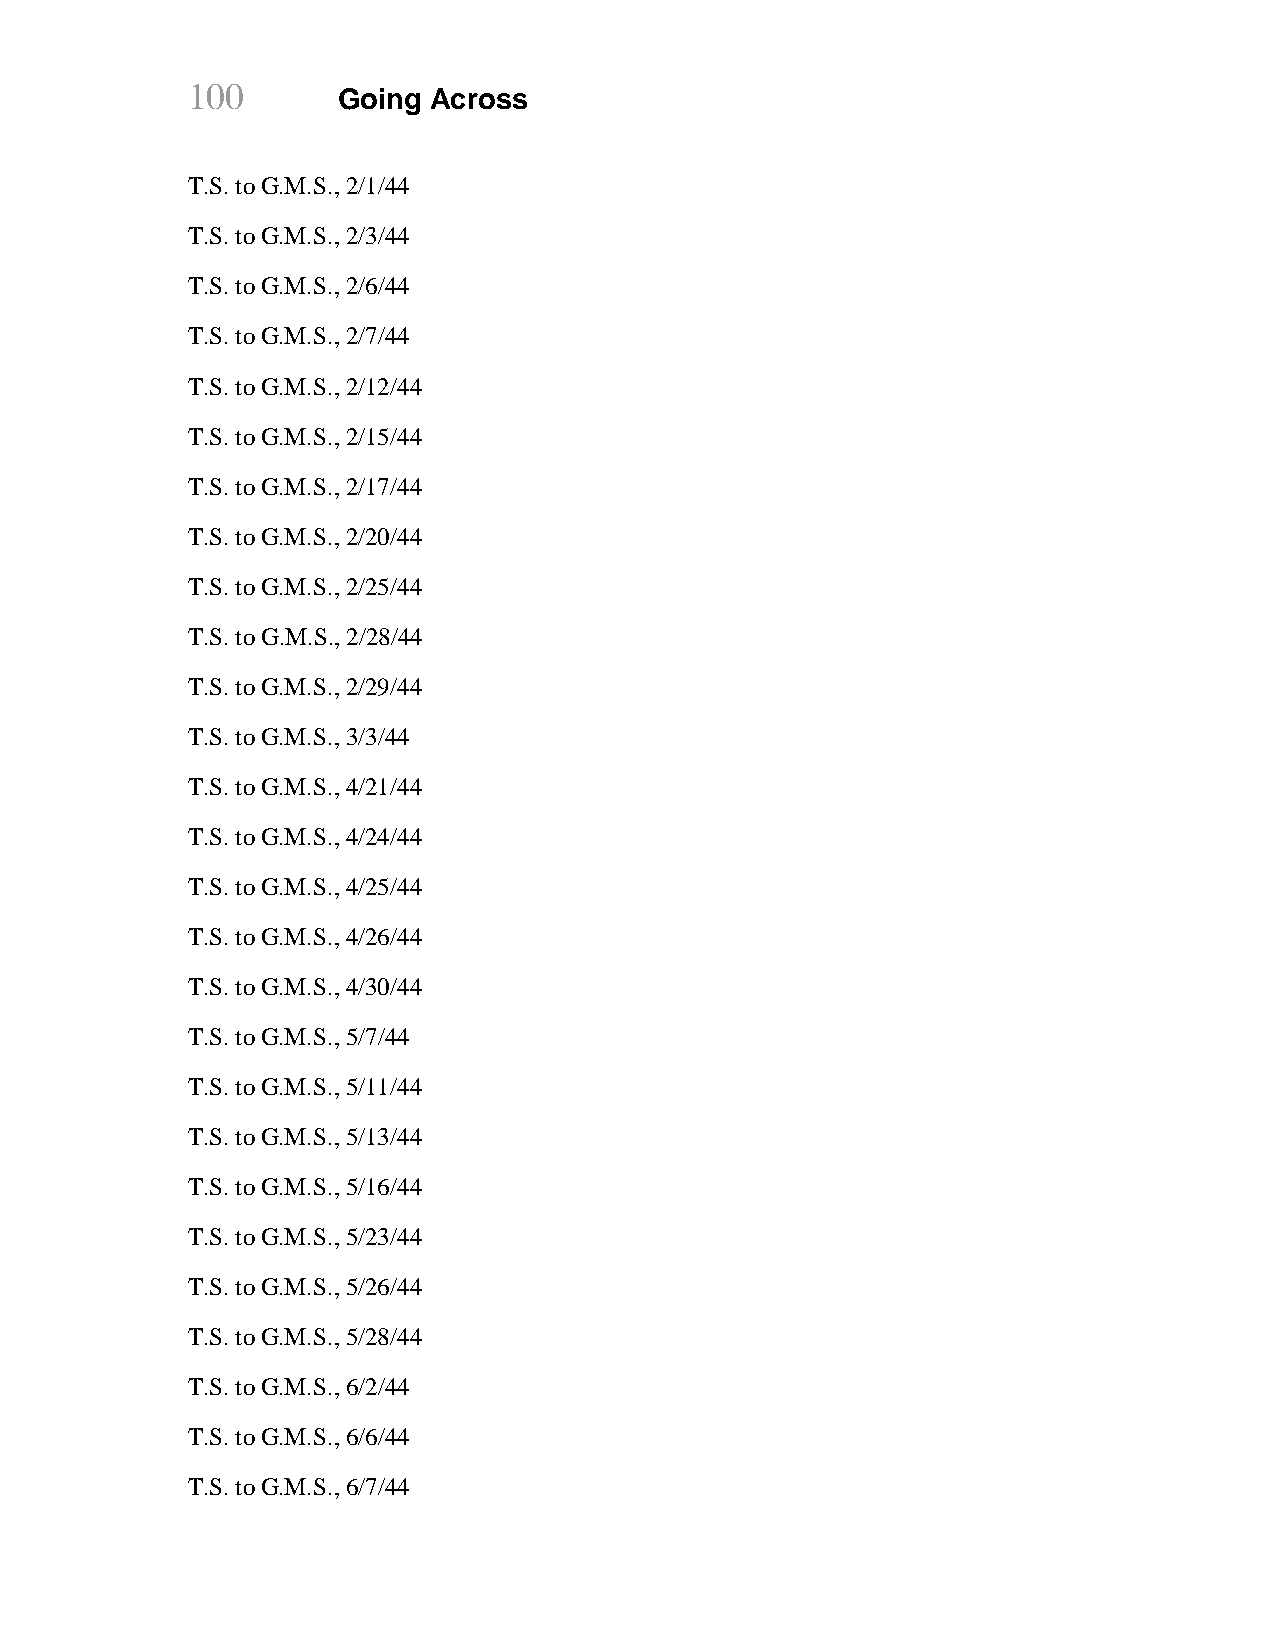
100
 Going Across
 T.S. to G.M.S., 2/1/44
 T.S. to G.M.S., 2/3/44
 T.S. to G.M.S., 2/6/44
 T.S. to G.M.S., 2/7/44
 T.S. to G.M.S., 2/12/44
 T.S. to G.M.S., 2/15/44
 T.S. to G.M.S., 2/17/44
 T.S. to G.M.S., 2/20/44
 T.S. to G.M.S., 2/25/44
 T.S. to G.M.S., 2/28/44
 T.S. to G.M.S., 2/29/44
 T.S. to G.M.S., 3/3/44
 T.S. to G.M.S., 4/21/44
 T.S. to G.M.S., 4/24/44
 T.S. to G.M.S., 4/25/44
 T.S. to G.M.S., 4/26/44
 T.S. to G.M.S., 4/30/44
 T.S. to G.M.S., 5/7/44
 T.S. to G.M.S., 5/11/44
 T.S. to G.M.S., 5/13/44
 T.S. to G.M.S., 5/16/44
 T.S. to G.M.S., 5/23/44
 T.S. to G.M.S., 5/26/44
 T.S. to G.M.S., 5/28/44
 T.S. to G.M.S., 6/2/44
 T.S. to G.M.S., 6/6/44
 T.S. to G.M.S., 6/7/44